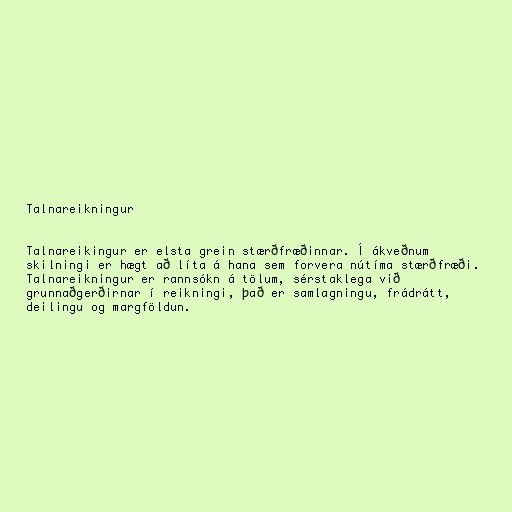
Talnareikningur

Talnareikingur er elsta grein stærðfræðinnar. Í ákveðnum
skilningi er hægt að líta á hana sem forvera nútíma stærðfræði.
Talnareikningur er rannsókn á tölum, sérstaklega við
grunnaðgerðirnar í reikningi, það er samlagningu, frádrátt,
deilingu og margföldun.